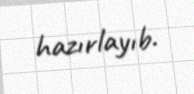
hazırlayıb.